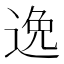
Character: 逸